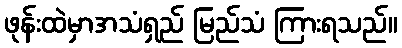
ဖုန်းထဲမှာအသံရှည် မြည်သံ ကြားရသည်။